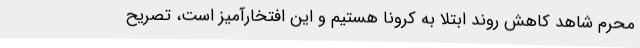
محرم شاهد کاهش روند ابتلا به کرونا هستیم و این افتخارآمیز است، تصریح